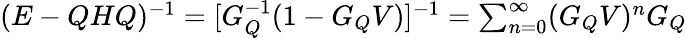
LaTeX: \begin{array}{r}{(E-QHQ)^{-1}=[G_{Q}^{-1}(1-G_{Q}V)]^{-1}=\sum_{n=0}^{\infty}(G_{Q}V)^{n}G_{Q}}\end{array}